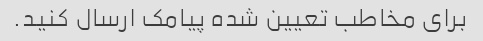
برای مخاطب تعیین شده پیامک ارسال کنید.